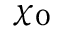
\chi _ { 0 }